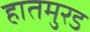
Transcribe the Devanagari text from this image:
हातमुरड